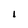
Character: l